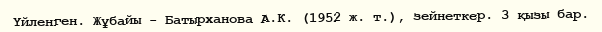
Үйленген. Жұбайы - Батырханова А.К. (1952 ж. т.), зейнеткер. 3 қызы бар.